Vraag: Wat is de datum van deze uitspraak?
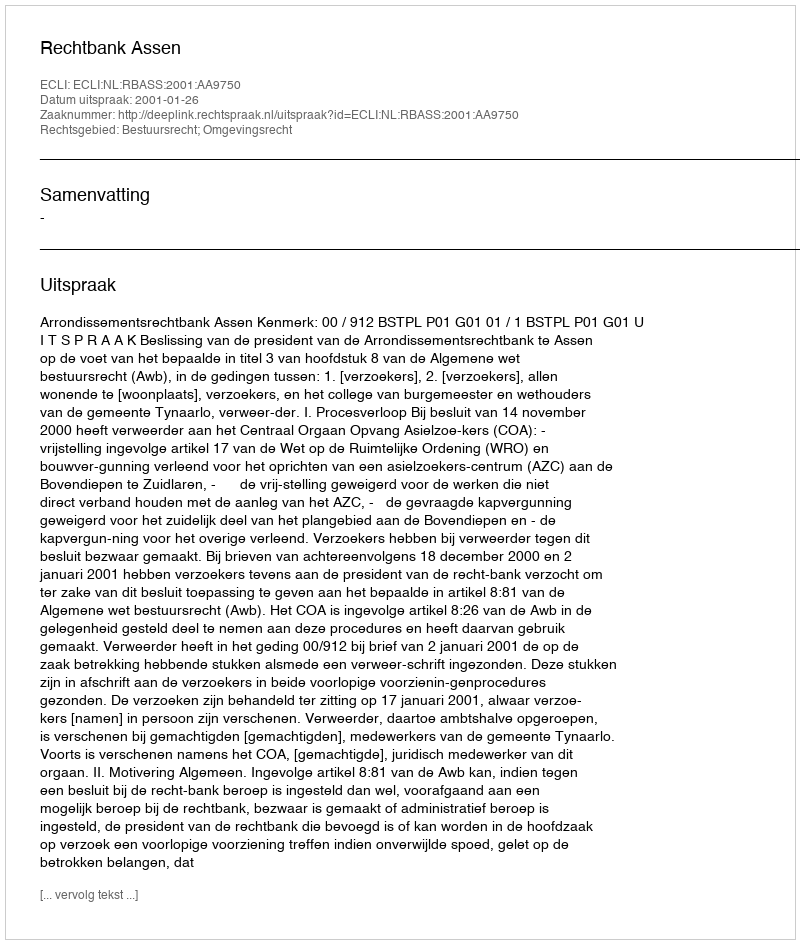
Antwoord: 2001-01-26